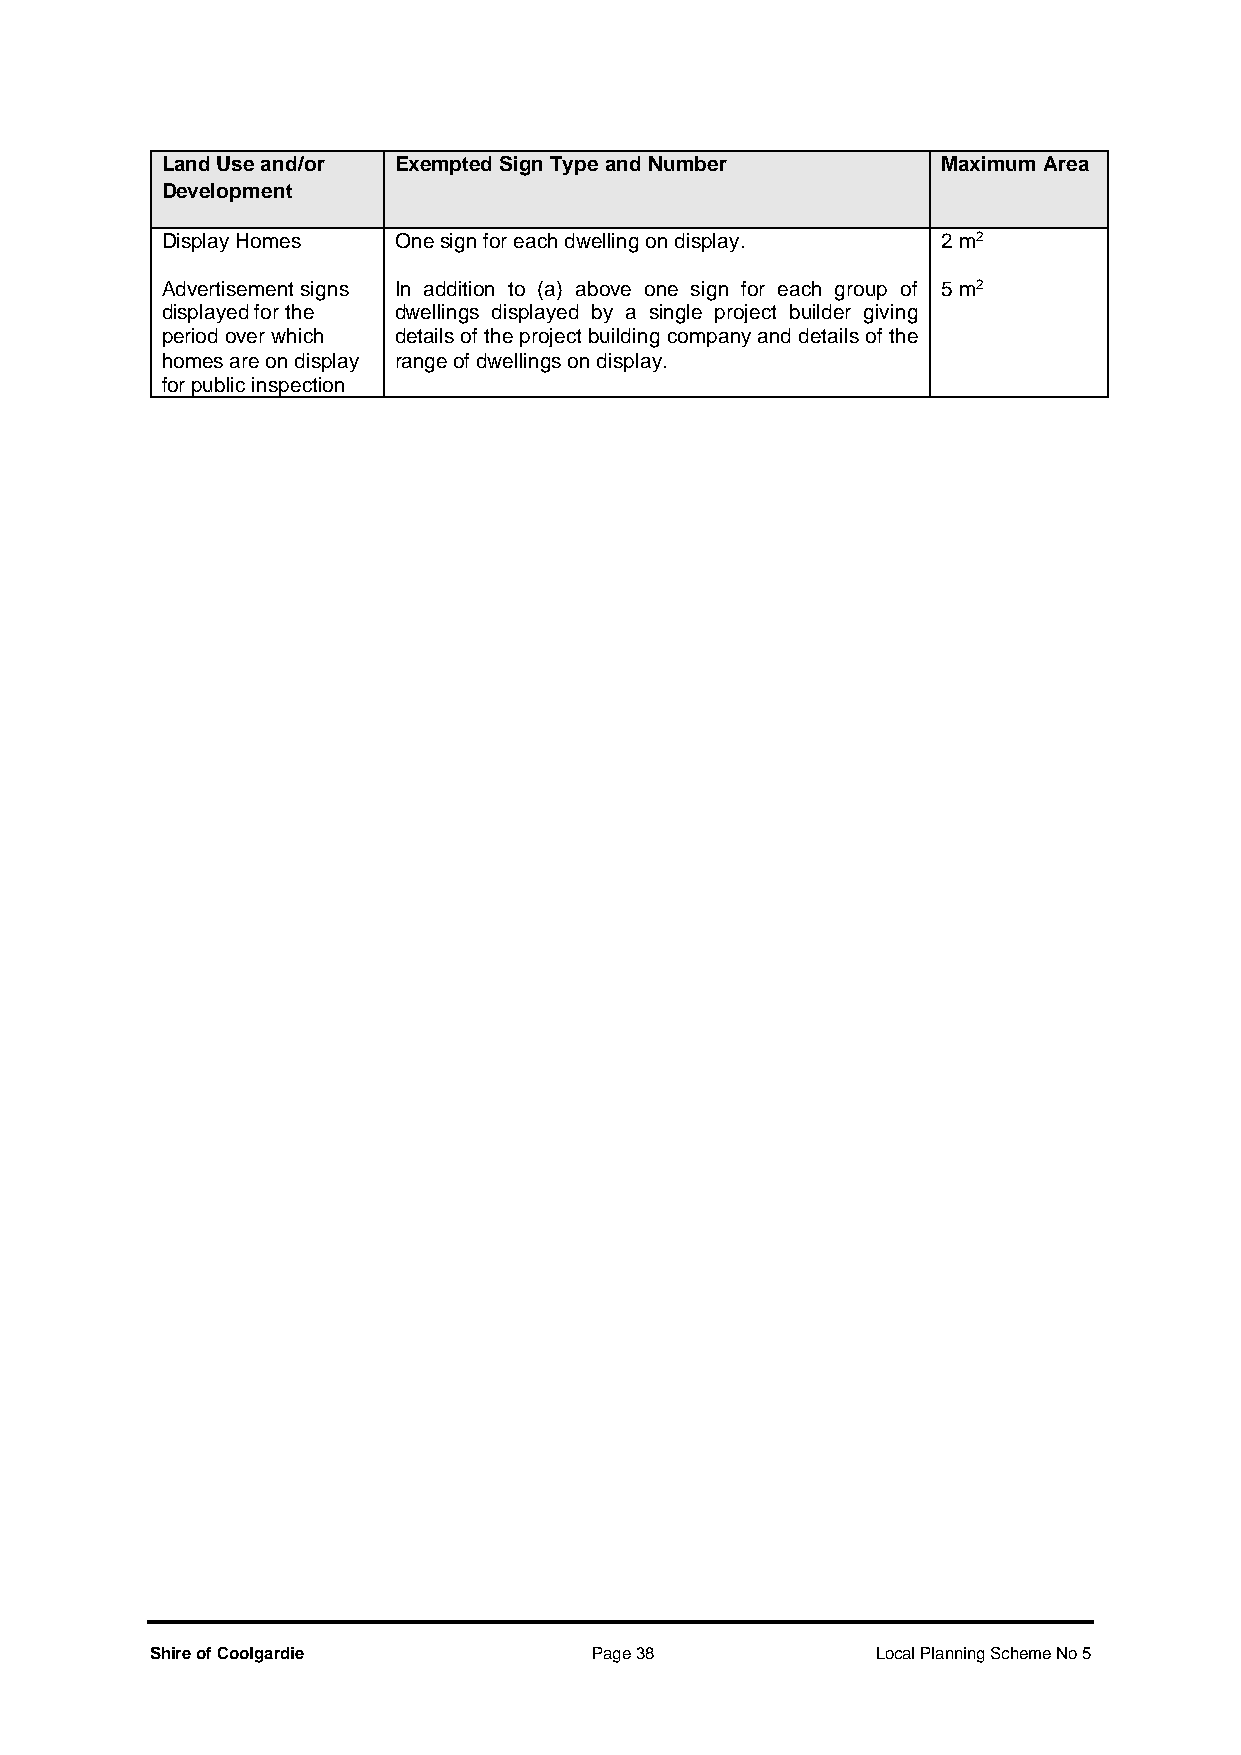
Land Use and/or Exempted Sign Type and Number      Maximum Area
 Development
 Display Homes  One sign for each dwelling on display. 2 m2
 Advertisement signs In addition to (a) above one sign for each group of 5 m2
 displayed for the dwellings displayed by a single project builder giving
 period over which details of the project building company and details of the
 homes are on display range of dwellings on display.
 for public inspection
 Shire of Coolgardie          Page 38            Local Planning Scheme No 5